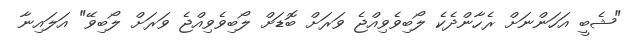
"ޝެބީ އަހަންނަށް ރެހާންދެކެ ލޯބިވެވިއްޖެ ވަރަށް ބޮޑަށް ލޯބިވެވިއްޖެ ވަރަށް ލޯބިވޭ" އަލައިނާ